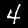
Label: 4